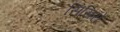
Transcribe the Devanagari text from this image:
सिसिरो